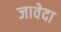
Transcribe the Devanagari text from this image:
जावेदा